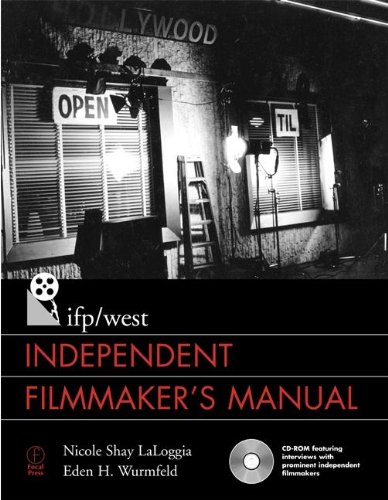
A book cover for IFP/West Independent Filmmaker's Manual; Nicole Laloggia; Humor & Entertainment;